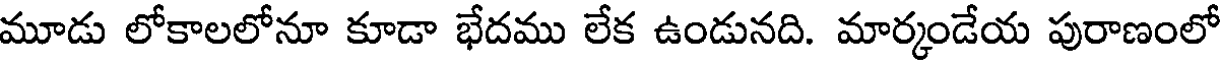
మూడు లోకాలలోనూ కూడా భేదము లేక ఉండునది. మార్కండేయ పురాణంలో